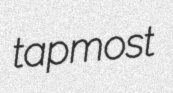
tapmost